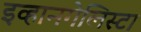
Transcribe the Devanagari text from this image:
इव्हानगेलिस्टा